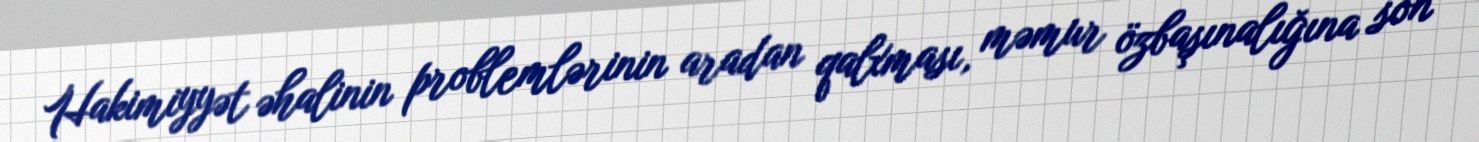
Hakimiyyət əhalinin problemlərinin aradan qalxması, məmur özbaşınalığına son